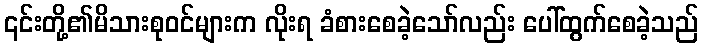
၎င်းတို့၏မိသားစုဝင်များက လိုးရ ခံစားစေခဲ့သော်လည်း ပေါ်ထွက်စေခဲ့သည်